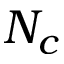
N _ { c }